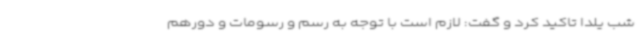
شب یلدا تاکید کرد و گفت: لازم است با توجه به رسم و رسومات و دورهم